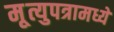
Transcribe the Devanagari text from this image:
मृ्त्युपत्रामध्ये